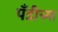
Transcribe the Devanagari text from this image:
पँडीच्या